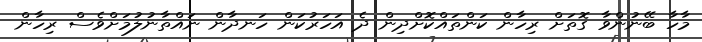
މާހާ ބޭނުންވާ ގޮތަށް ރިހާން ކަންތައްކޮށްދިން ދެ އަހަރުކަން ހަނދާން ނައްތާނުލުމަށްވެސް ރިހާން